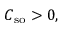
C _ { \mathrm { s o } } > 0 ,